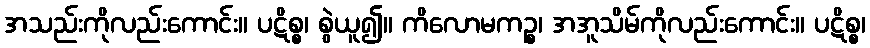
အသည်းကိုလည်းကောင်း။ ပဋိစ္စ၊ စွဲယူ၍။ ကိလောမကဉ္စ၊ အအူသိမ်ကိုလည်းကောင်း။ ပဋိစ္စ၊